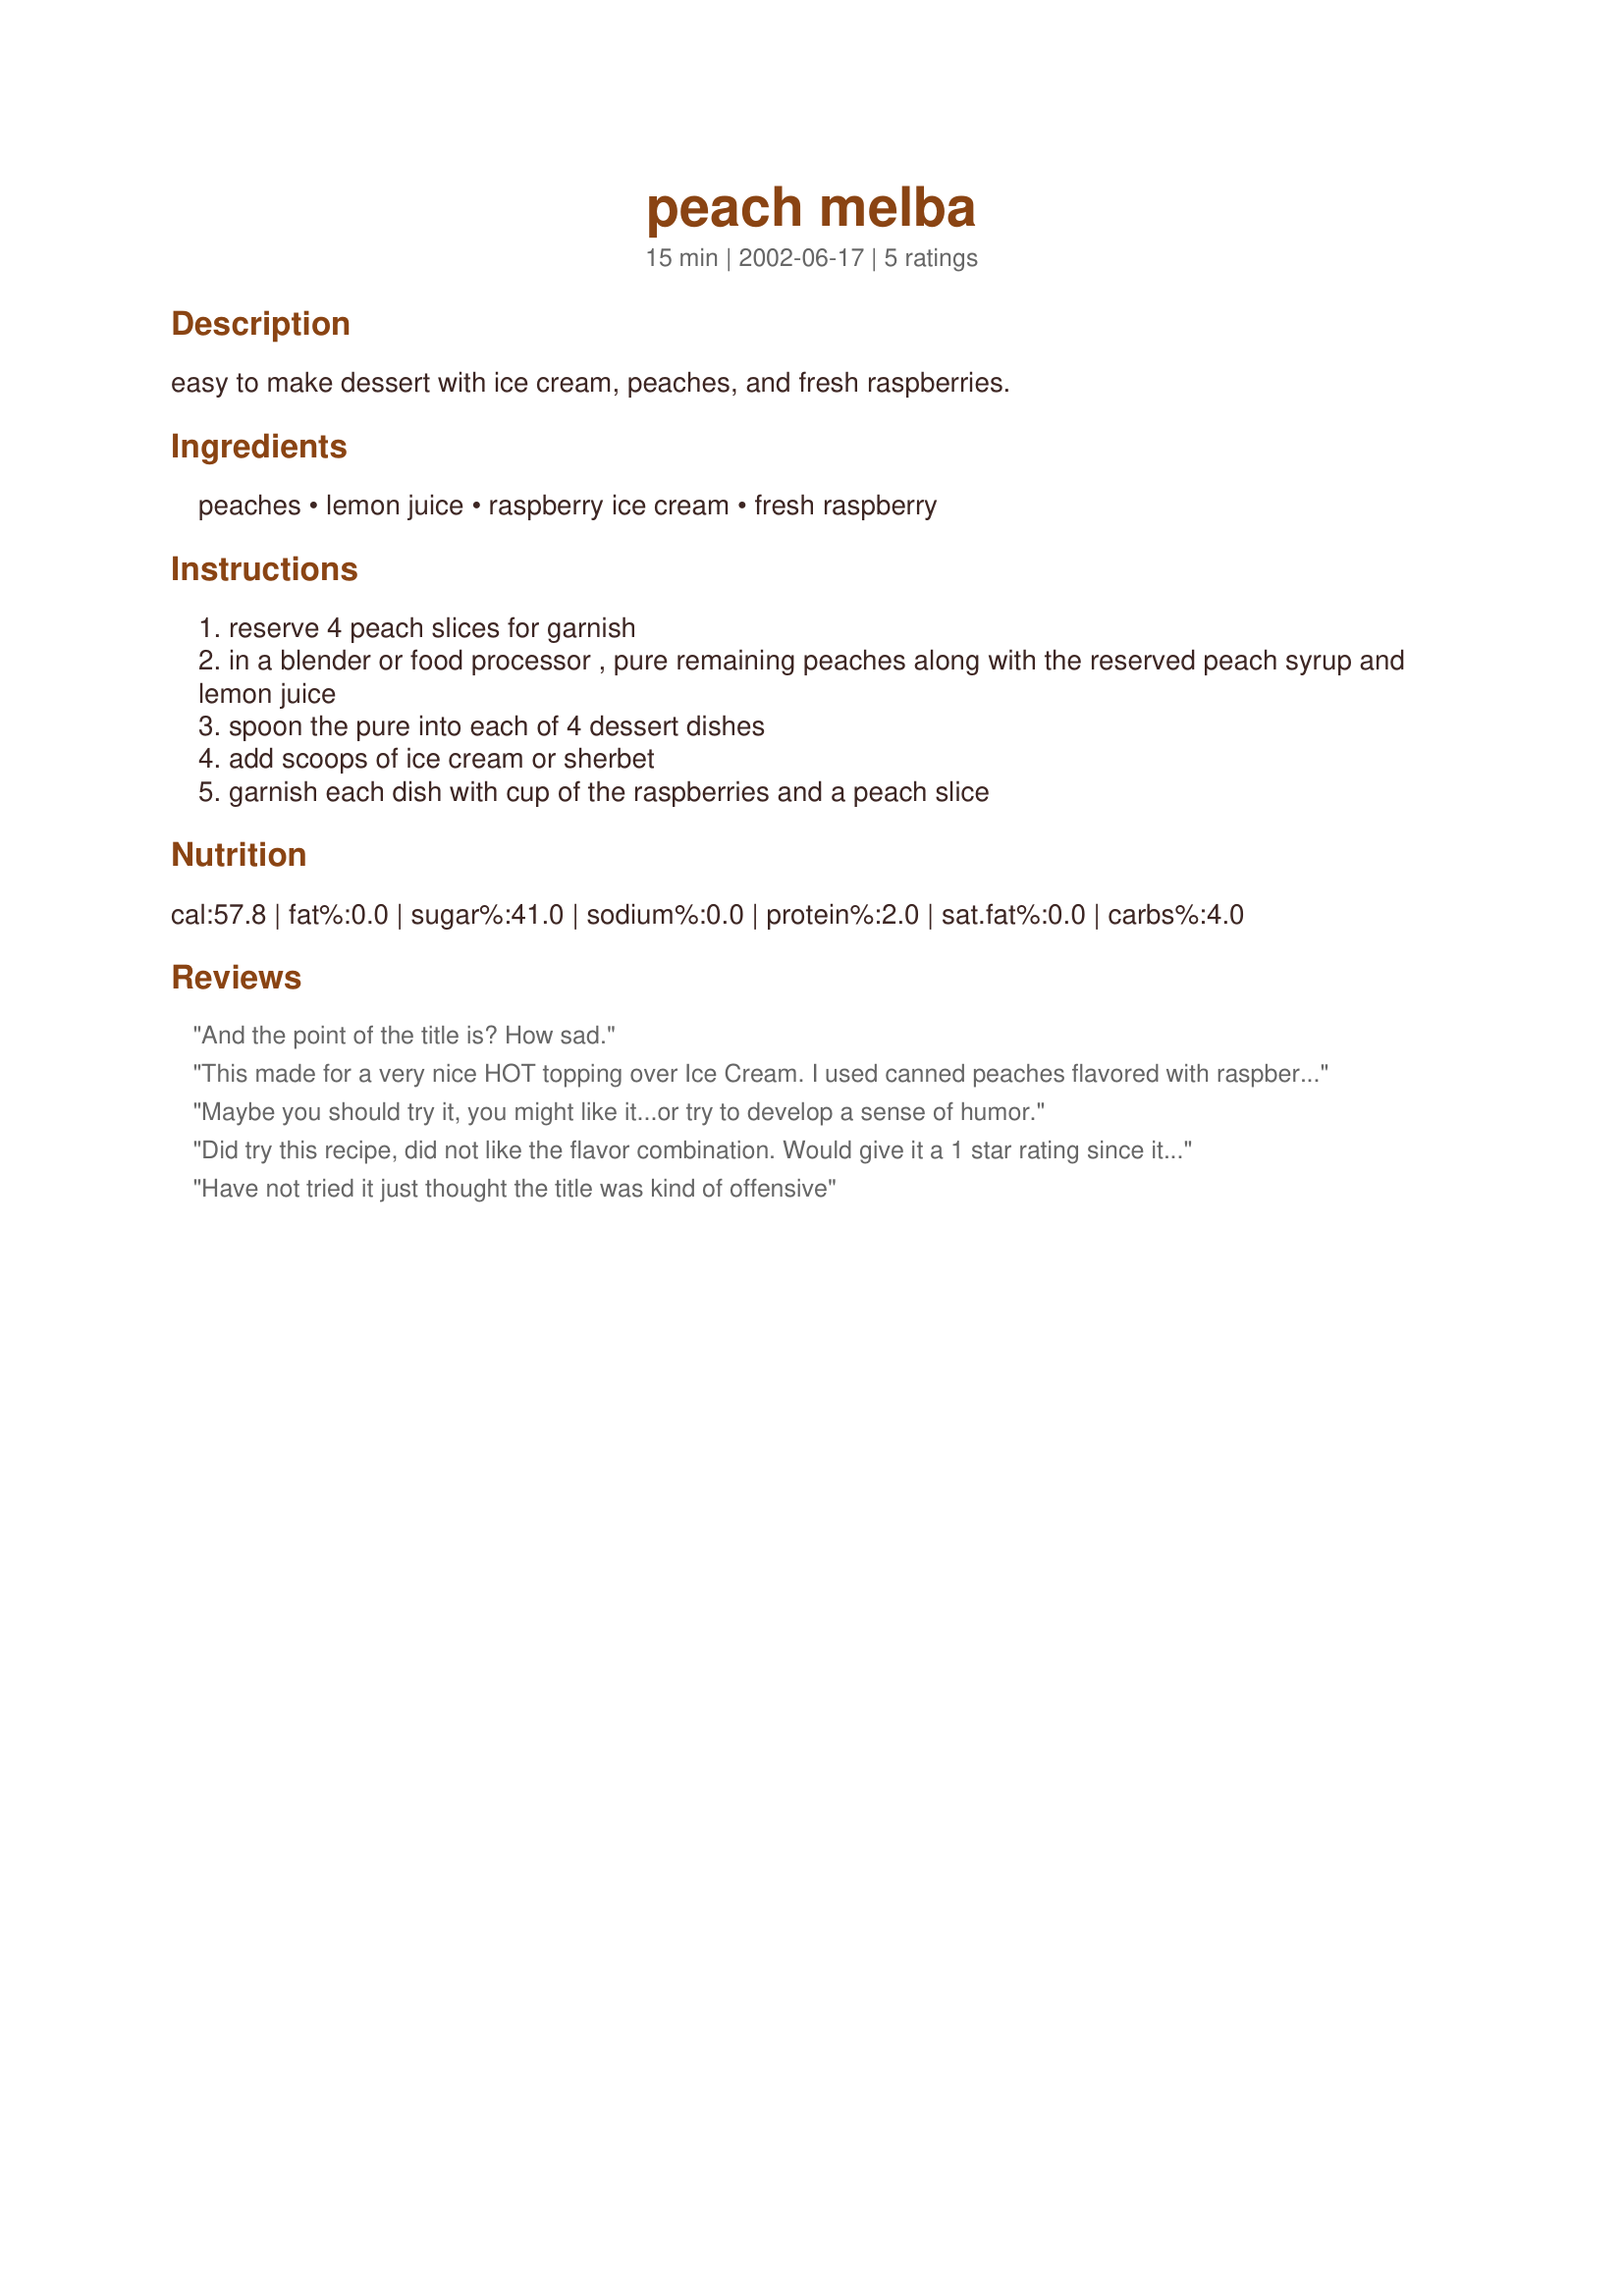
peach melba
Preparation time: 15 minutes

easy to make dessert with ice cream, peaches, and fresh raspberries.

Ingredients:
peaches, lemon juice, raspberry ice cream, fresh raspberry

Steps:
reserve 4 peach slices for garnish
in a blender or food processor , pure remaining peaches along with the reserved peach syrup and lemon juice
spoon the pure into each of 4 dessert dishes
add scoops of ice cream or sherbet
garnish each dish with cup of the raspberries and a peach slice

Reviews:
And the point of the title is? 
How sad.
This made for a very nice HOT topping over Ice Cream. I used canned peaches flavored with raspberry and served it over home-made strawberry and vinilla ice cream. Yummy!
Maybe you should try it, you might like it...or try to develop a sense of humor.
Did try this recipe, did not like the flavor combination. Would give it a 1 star rating since it was easy to prepare.
Have not tried it just thought the title was kind of offensive
